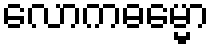
လောကဓမ္မော